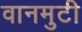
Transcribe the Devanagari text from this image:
वानमुटी